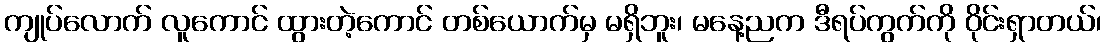
ကျုပ်လောက် လူကောင် ထွားတဲ့ကောင် တစ်ယောက်မှ မရှိဘူး၊ မနေ့ညက ဒီရပ်ကွက်ကို ဝိုင်းရှာတယ်၊